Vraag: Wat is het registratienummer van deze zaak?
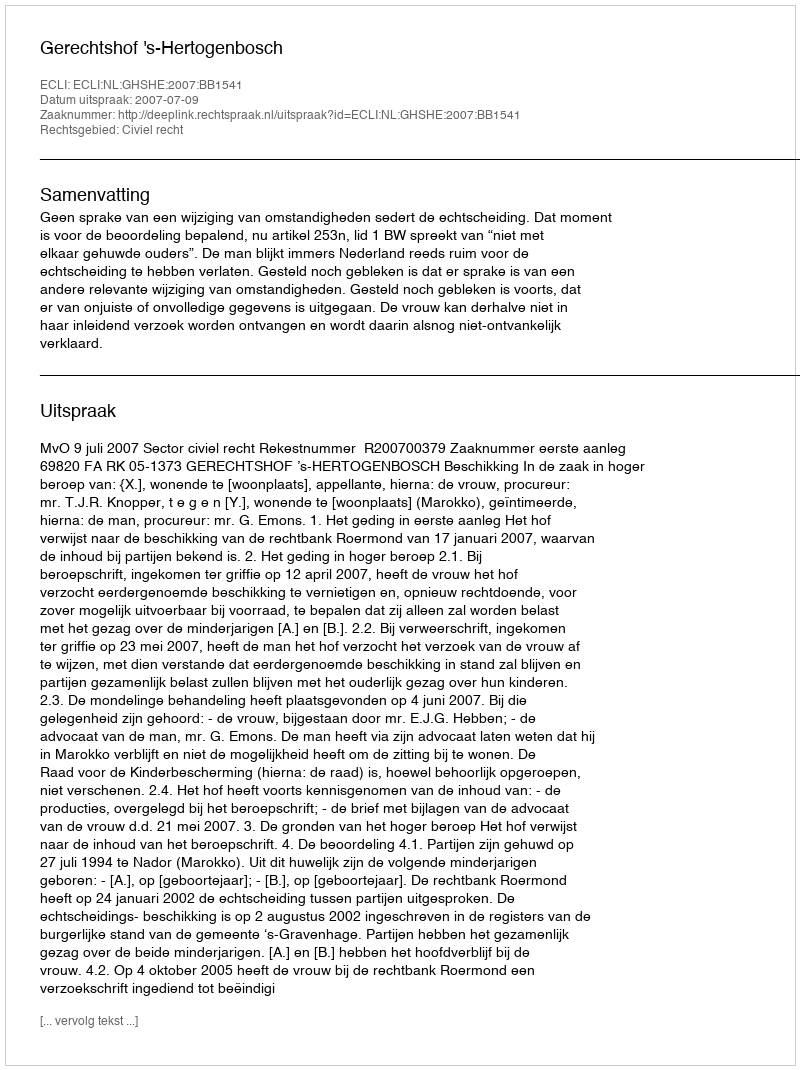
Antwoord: http://deeplink.rechtspraak.nl/uitspraak?id=ECLI:NL:GHSHE:2007:BB1541